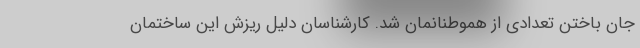
جان باختن تعدادی از هموطنانمان شد. کارشناسان دلیل ریزش این ساختمان